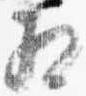
相